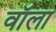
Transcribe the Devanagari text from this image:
वॉला